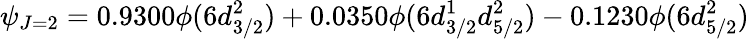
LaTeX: \psi_{J=2}=0.9300\phi(6d_{3/2}^{2})+0.0350\phi(6d_{3/2}^{1}d_{5/2}^{2})-0.1230\phi(6d_{5/2}^{2})